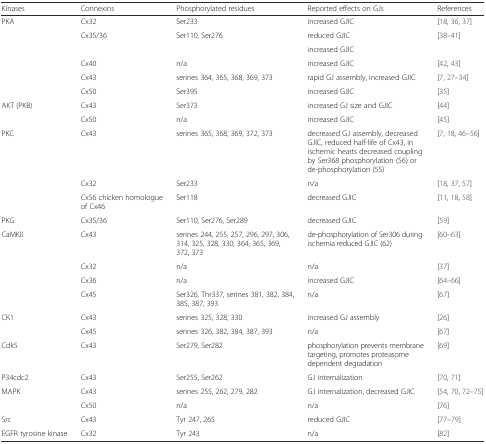
<table><thead><tr><td><b>Kinases</b></td><td><b>Connexins</b></td><td><b>Phosphorylated residues</b></td><td><b>Reported effects on GJs</b></td><td><b>References</b></td></tr></thead><tbody><tr><td rowspan="6">PKA</td><td>Cx32</td><td>Ser233</td><td>increased GJIC</td><td>[18, 36, 37]</td></tr><tr><td rowspan="2">Cx35/36</td><td rowspan="2">Ser110, Ser276</td><td>reduced GJIC</td><td rowspan="2">[38–41]</td></tr><tr><td>increased GJIC</td></tr><tr><td>Cx40</td><td>n/a</td><td>increased GJIC</td><td>[42, 43]</td></tr><tr><td>Cx43</td><td>serines 364, 365, 368, 369, 373</td><td>rapid GJ assembly, increased GJIC</td><td>[7, 27–34]</td></tr><tr><td>Cx50</td><td>Ser395</td><td>increased GJIC</td><td>[35]</td></tr><tr><td rowspan="2">AKT (PKB)</td><td>Cx43</td><td>Ser373</td><td>increased GJ size and GJIC</td><td>[44]</td></tr><tr><td>Cx50</td><td>n/a</td><td>increased GJIC</td><td>[45]</td></tr><tr><td rowspan="3">PKC</td><td>Cx43</td><td>serines 365, 368, 369, 372, 373</td><td>decreased GJ assembly, decreased GJIC, reduced half-life of Cx43, in ischemic hearts decreased coupling by Ser368 phosphorylation (56) or de-phosphorylation (55)</td><td>[7, 18, 46–56]</td></tr><tr><td>Cx32</td><td>Ser233</td><td>n/a</td><td>[18, 37, 57]</td></tr><tr><td>Cx56 chicken homologue of Cx46</td><td>Ser118</td><td>decreased GJIC</td><td>[11, 18, 58]</td></tr><tr><td>PKG</td><td>Cx35/36</td><td>Ser110, Ser276, Ser289</td><td>decreased GJIC</td><td>[59]</td></tr><tr><td rowspan="4">CaMKII</td><td>Cx43</td><td>serines 244, 255, 257, 296, 297, 306, 314, 325, 328, 330, 364, 365, 369, 372, 373</td><td>de-phosphorylation of Ser306 during ischemia reduced GJIC (62)</td><td>[60–63]</td></tr><tr><td>Cx32</td><td>n/a</td><td>n/a</td><td>[37]</td></tr><tr><td>Cx36</td><td>n/a</td><td>increased GJIC</td><td>[64–66]</td></tr><tr><td>Cx45</td><td>Ser326, Thr337, serines 381, 382, 384, 385, 387, 393</td><td>n/a</td><td>[67]</td></tr><tr><td rowspan="2">CK1</td><td>Cx43</td><td>serines 325, 328, 330</td><td>increased GJ assembly</td><td>[26]</td></tr><tr><td>Cx45</td><td>serines 326, 382, 384, 387, 393</td><td>n/a</td><td>[67]</td></tr><tr><td>Cdk5</td><td>Cx43</td><td>Ser279, Ser282</td><td>phosphorylation prevents membrane targeting, promotes proteasome dependent degradation</td><td>[69]</td></tr><tr><td>P34cdc2</td><td>Cx43</td><td>Ser255, Ser262</td><td>GJ internalization</td><td>[70, 71]</td></tr><tr><td rowspan="2">MAPK</td><td>Cx43</td><td>serines 255, 262, 279, 282</td><td>GJ internalization, decreased GJIC</td><td>[54, 70, 72–75]</td></tr><tr><td>Cx50</td><td>n/a</td><td>n/a</td><td>[76]</td></tr><tr><td>Src</td><td>Cx43</td><td>Tyr 247, 265</td><td>reduced GJIC</td><td>[77–79]</td></tr><tr><td>EGFR tyrosine kinase</td><td>Cx32</td><td>Tyr 243</td><td>n/a</td><td>[82]</td></tr></tbody></table>